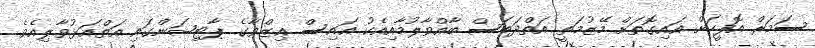
ސަމަރް އޮފީހަށް އައިގޮތަށް މޭޒުމަތީ އަތްދަބަސް ބާއްވާލުމާއިއެކު އައިސް ޢިޒްވާގެ ޕާޓިޝަންގައި އަތްއަޅުވާލިއެވެ.